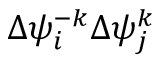
\Delta { { \psi } _ { i } ^ { - k } } \Delta { \psi } _ { j } ^ { k }